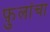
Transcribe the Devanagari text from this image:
फ़ुलांचा